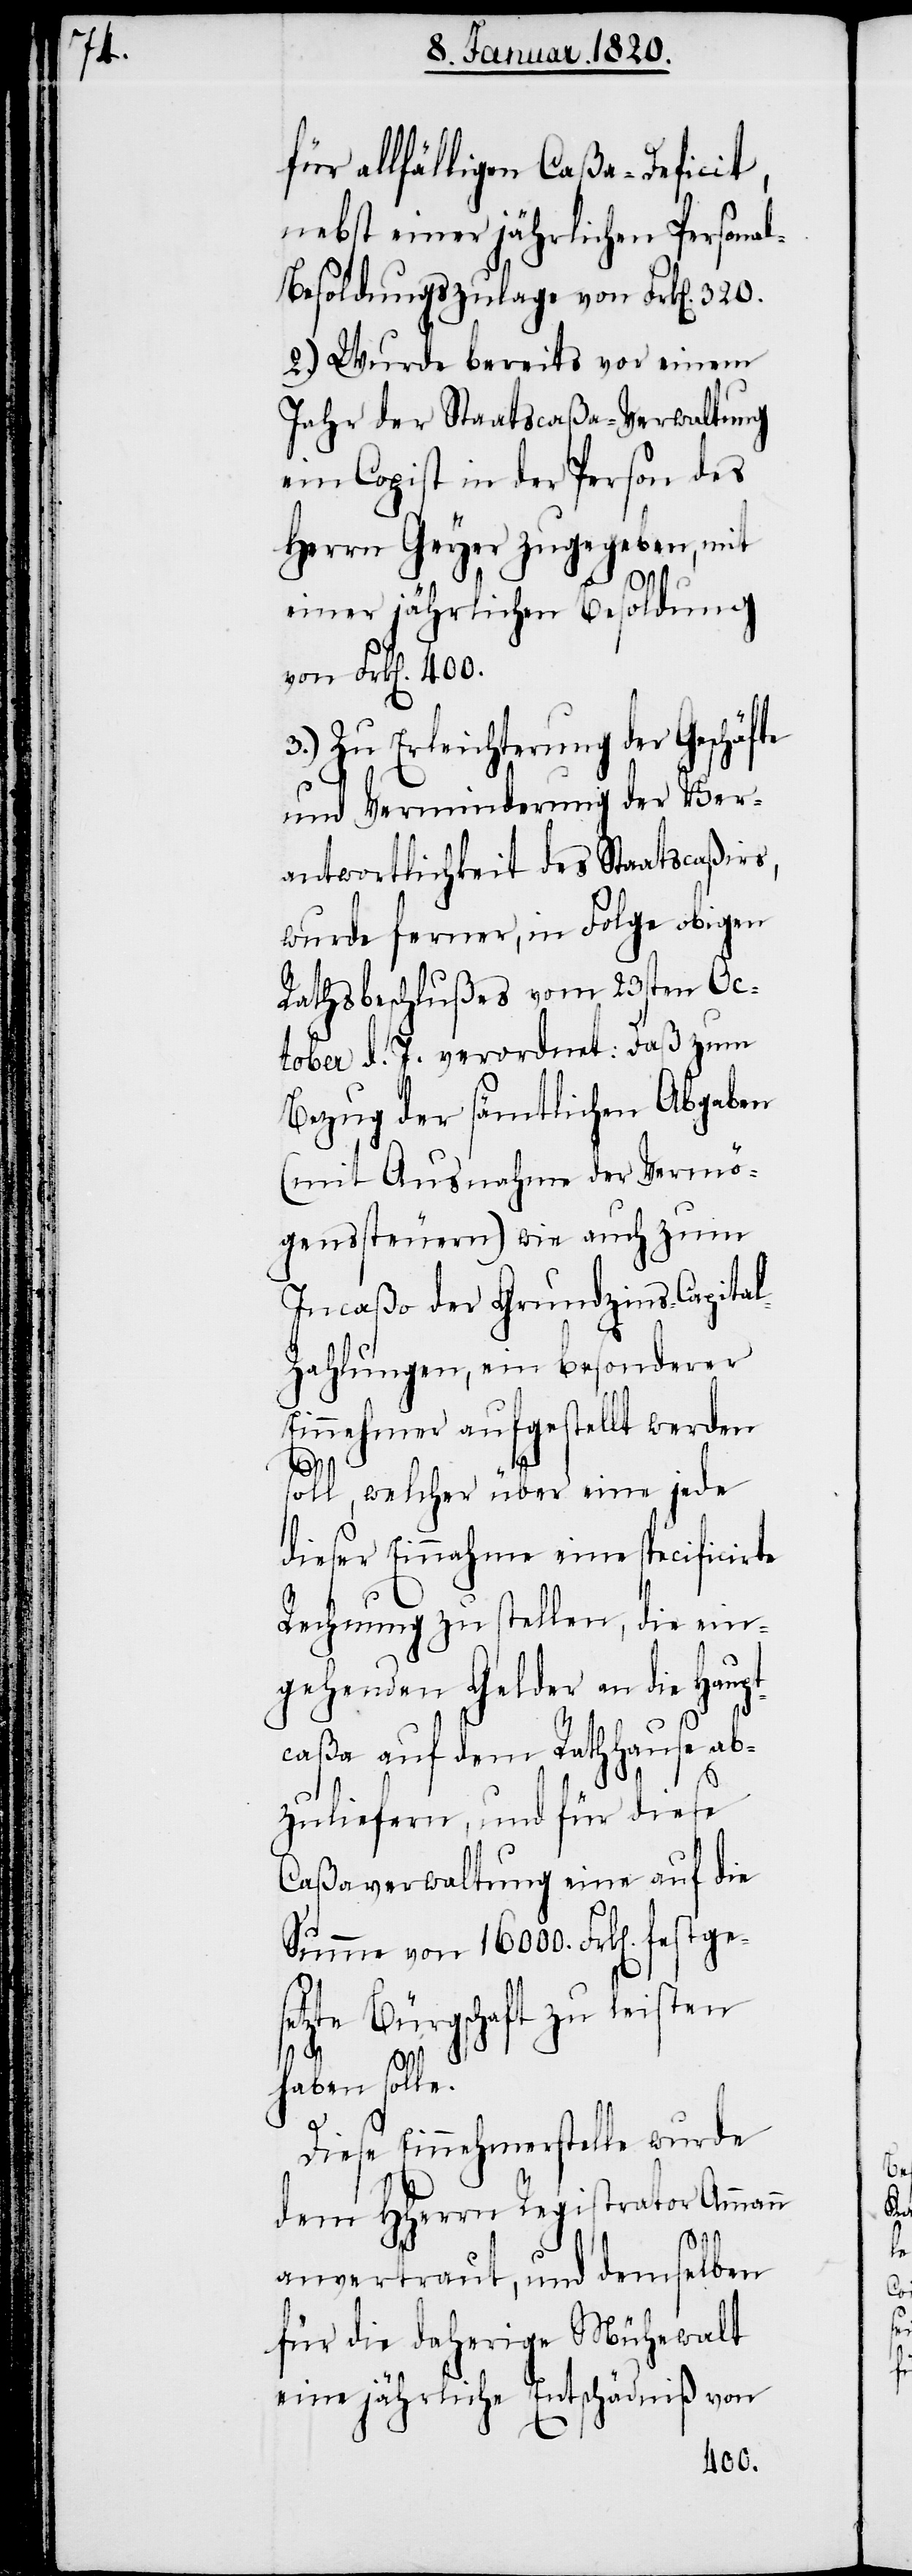
für allfälligen Caßa-Deficit,
nebst einer jährlichen Persona¬
l-Besoldungszulage von Frk[en]. 320.
2.) Wurde bereits vor einem
Jahr der Staatscaßa-Verwaltung
ein Copist in der Person des
Herrn Geyer zugegeben, mit
einer jährlichen Besoldung
von Frk[en]. 400.
3.) Zu Erleichterung der Geschäfte
und Verminderung der Ver¬
antwortlichkeit des Staatscaßirs,
wurde ferner, in Folge obigen
Rathsbeschlußes vom 23sten Oc¬
tober d. J. verordnet: Daß zum
Bezug der sämtlichen Abgaben
(mit Ausnahme der Vermö¬
genssteuern) wie auch zum
Incaßo der Grundzins-Capita¬
l-Zahlungen, ein besonderer
Einnehmer aufgestellt werden
stgese¬
soll, welcher über eine jede
dieser Einnahme eine specificirte
Rechnung zu stellen, die ein¬
gehenden Gelder an die Haup¬
tcaßa auf dem Rathhause ab¬
zuliefern, und für diese
Caßaverwaltung eine auf die
Summe von 16000. Frk[en]. fe¬
tzte Bürgschaft zu leisten
haben solle.
Diese Einnehmerstelle wurde
dem HHerrn Registrator Ammann
anvertraut, und demselben
für die daherige Mühewalt
eine jährliche Entschädniß von